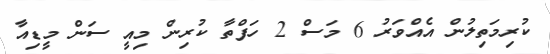
ކުރިމަތިލުން އެއްވަރު 6 މަސް 2 ހަފްތާ ކުރިން މިއީ ސަން މީޑިއާ